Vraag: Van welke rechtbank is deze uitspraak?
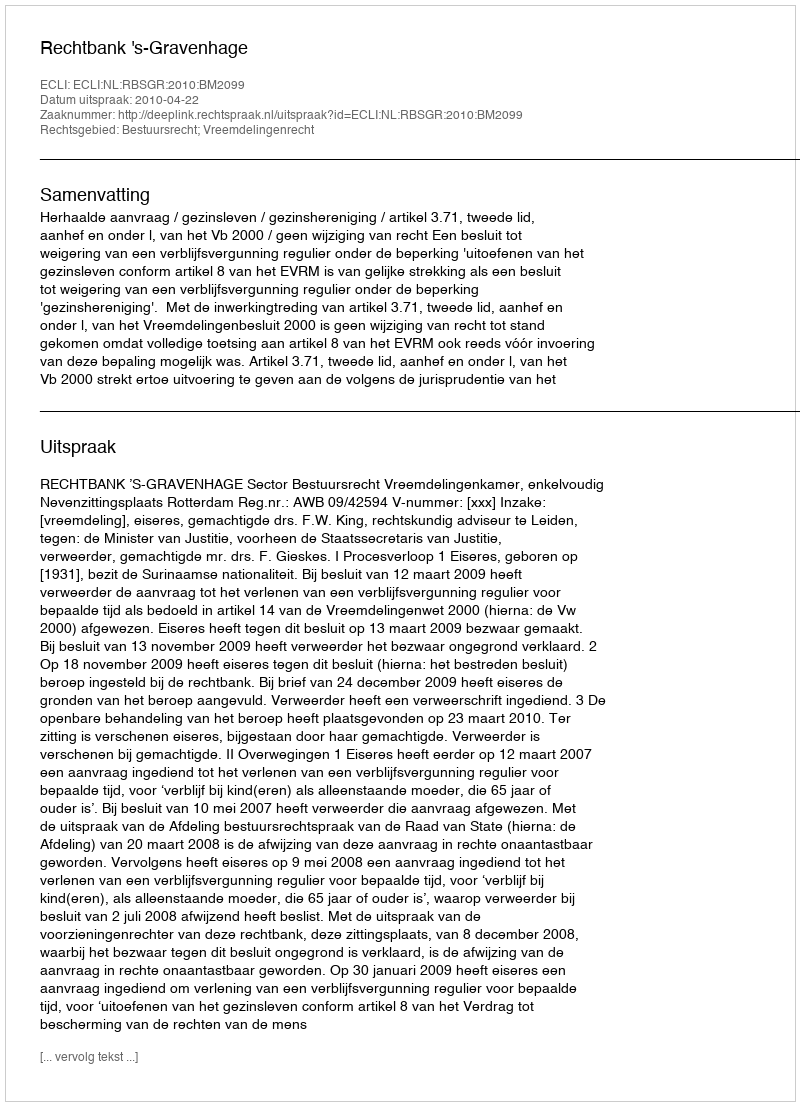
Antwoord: Rechtbank 's-Gravenhage